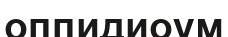
оппидиоум